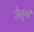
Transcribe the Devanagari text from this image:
जैतुगी